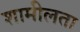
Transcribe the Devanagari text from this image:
शामीलता